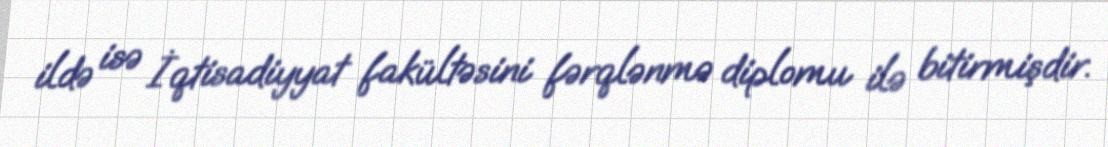
ildə isə İqtisadiyyat fakültəsini fərqlənmə diplomu ilə bitirmişdir.